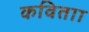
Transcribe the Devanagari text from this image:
कविताा